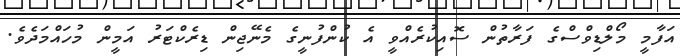
އަފާމީ މޯލްޑިވްސްގެ ފަރާތުން ސޮއިކުރެއްވީ އެ ކުންފުނީގެ މެނޭޖިން ޑިރެކްޓަރު އަމީން މުހައްމަދެވެ.